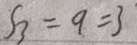
S _ { 3 } = 9 = 3